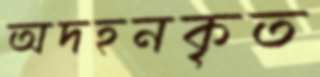
অদহনকৃত